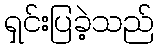
ရှင်းပြခဲ့သည်